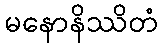
မနောနိဿိတံ